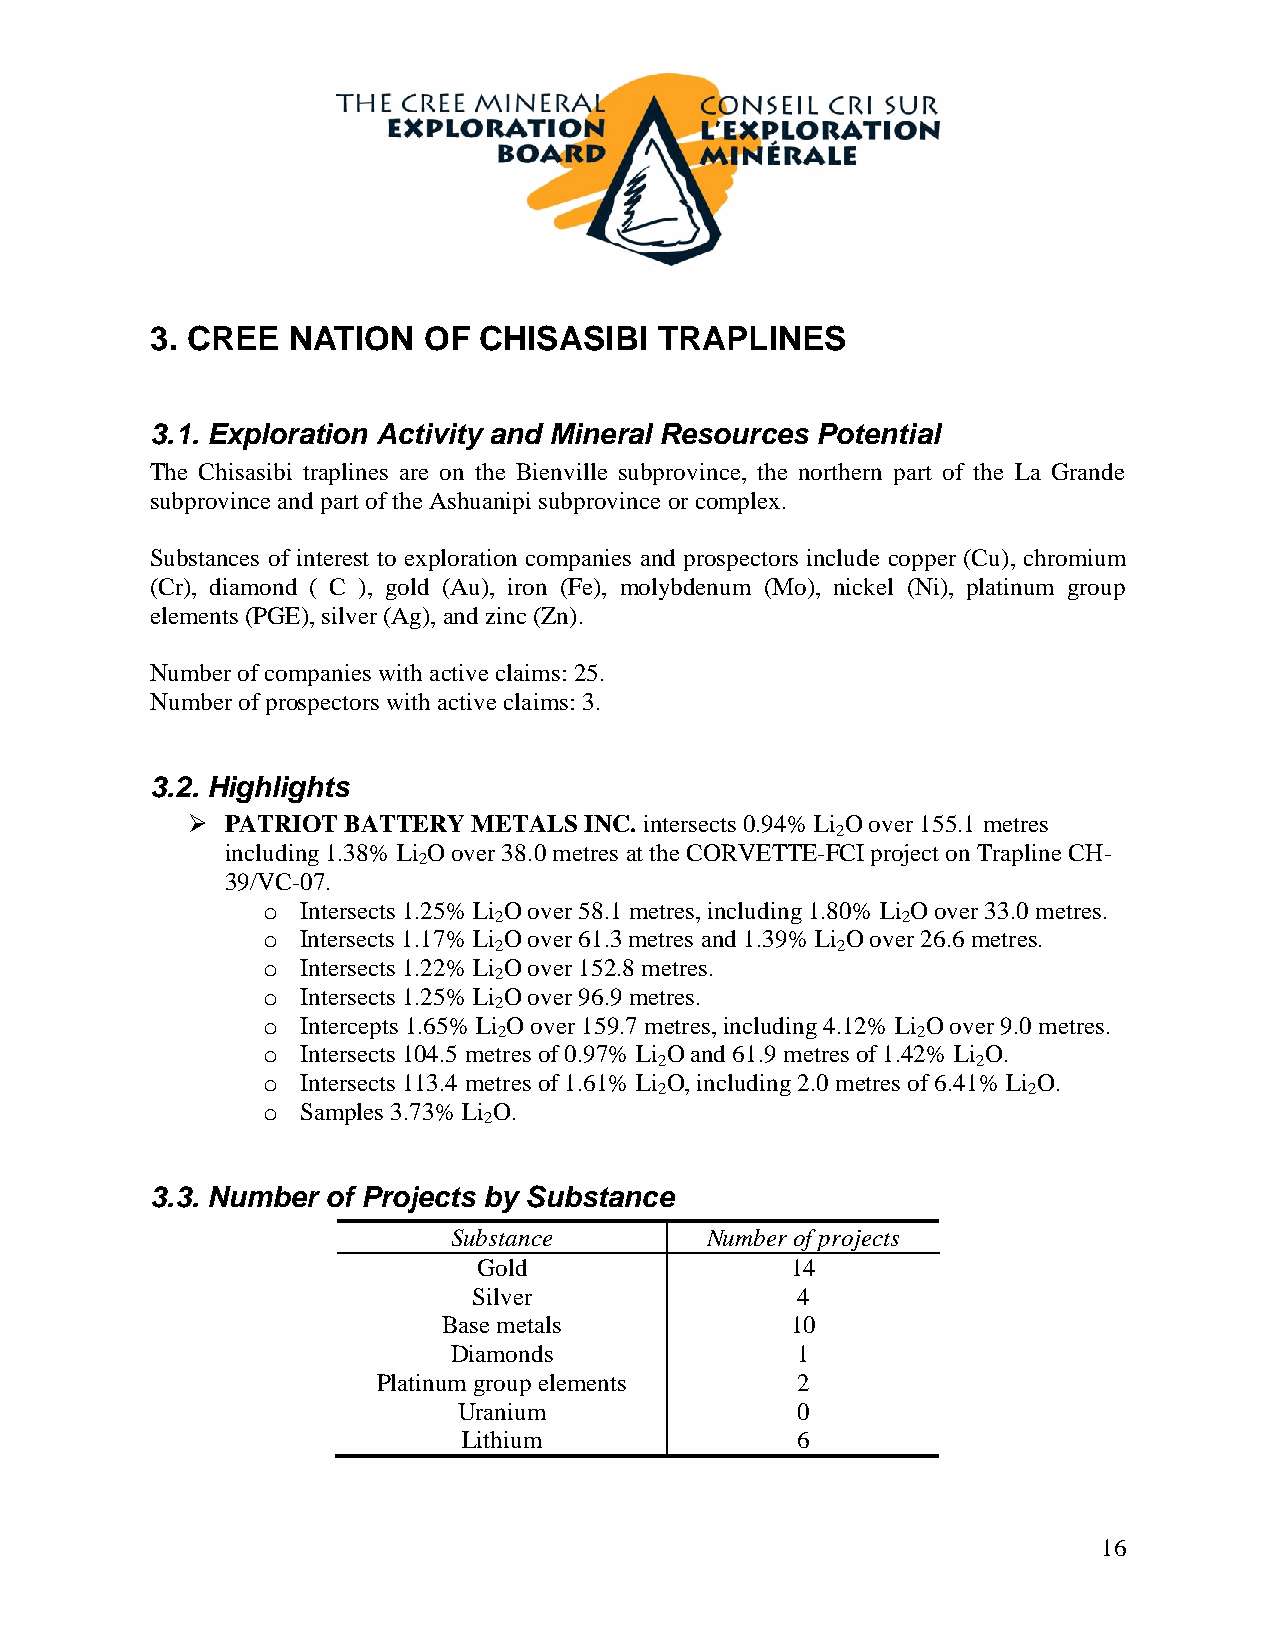
3. CREE  NATION   OF  CHISASIBI   TRAPLINES
 3.1. Exploration Activity and Mineral Resources Potential
 The Chisasibi traplines are on the Bienville subprovince, the northern part of the La Grande
 subprovince and part of the Ashuanipi subprovince or complex.
 Substances of interest to exploration companies and prospectors include copper (Cu), chromium
 (Cr), diamond ( C ), gold (Au), iron (Fe), molybdenum (Mo), nickel (Ni), platinum group
 elements (PGE), silver (Ag), and zinc (Zn).
 Number of companies with active claims: 25.
 Number of prospectors with active claims: 3.
 3.2. Highlights
   PATRIOT BATTERY METALS  INC. intersects 0.94% Li O over 155.1 metres
 2
 including 1.38% Li O over 38.0 metres at the CORVETTE-FCI project on Trapline CH-
 2
 39/VC-07.
 o  Intersects 1.25% Li O over 58.1 metres, including 1.80% Li O over 33.0 metres.
 2                          2
 o  Intersects 1.17% Li O over 61.3 metres and 1.39% Li O over 26.6 metres.
 2                     2
 o  Intersects 1.22% Li O over 152.8 metres.
 2
 o  Intersects 1.25% Li O over 96.9 metres.
 2
 o  Intercepts 1.65% Li O over 159.7 metres, including 4.12% Li O over 9.0 metres.
 2                           2
 o  Intersects 104.5 metres of 0.97% Li O and 61.9 metres of 1.42% Li O.
 2                    2
 o  Intersects 113.4 metres of 1.61% Li O, including 2.0 metres of 6.41% Li O.
 2                       2
 o  Samples 3.73% Li O.
 2
 3.3. Number of Projects by Substance
 Substance        Number of projects
 Gold                14
 Silver                4
 Base metals            10
 Diamonds               1
 Platinum group elements     2
 Uranium                0
 Lithium               6
 16